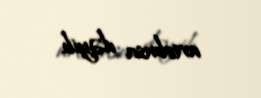
avtobusa dəyib.